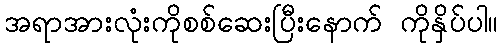
အရာအားလုံးကိုစစ်ဆေးပြီးနောက် ကိုနှိပ်ပါ။